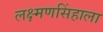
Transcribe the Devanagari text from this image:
लक्ष्मणसिंहाला